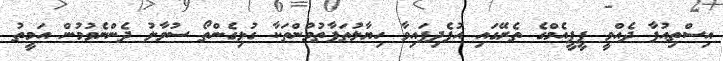
އިސްތިއުފާ ދެއްވީ ޕީޕީއެމްގެ ތެރޭގައި އުފެދިފައިވާ ހިޔާލުތަފާތުވުންތަކާ ގުޅިގެންތޯ ސުވާލު ދެންނެވުމުން އަމީތު